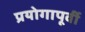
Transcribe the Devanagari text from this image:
प्रयोगापूर्वी